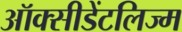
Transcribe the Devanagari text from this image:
ऑक्सीडेंटलिज्म